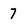
Character: 7